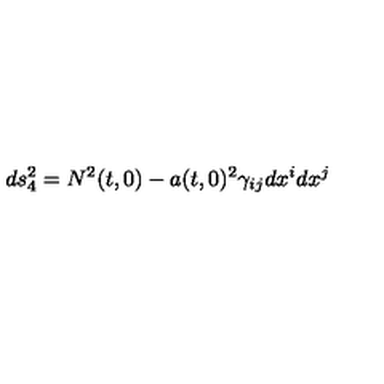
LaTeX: d s _ { 4 } ^ { 2 } = N ^ { 2 } ( t , 0 ) - a ( t , 0 ) ^ { 2 } \gamma _ { i j } d x ^ { i } d x ^ { j }